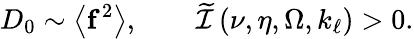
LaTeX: D_{0}\sim\left\langle\mathbf{f}^{2}\right\rangle,\qquad\widetilde{\mathcal{I}}\left(\nu,\eta,\Omega,k_{\ell}\right)>0.